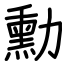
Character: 勳